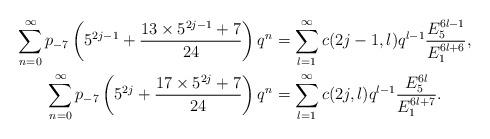
LaTeX: \begin{align*}\sum_{n=0}^{\infty}p_{-7}\left(5^{2j-1}+\dfrac{13\times5^{2j-1}+7}{24}\right)q^{n} &=\sum_{l=1}^{\infty}c(2j-1,l)q^{l-1}\dfrac{E_{5}^{6l-1}}{E_{1}^{6l+6}},\\\sum_{n=0}^{\infty}p_{-7}\left(5^{2j}+\dfrac{17\times5^{2j}+7}{24}\right)q^{n} &=\sum_{l=1}^{\infty}c(2j,l)q^{l-1}\dfrac{E_{5}^{6l}}{E_{1}^{6l+7}}.\end{align*}